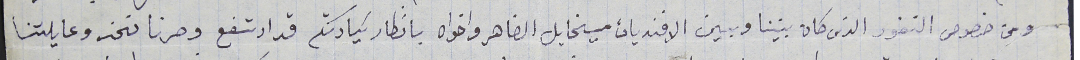
ومن خصوص النفور الذى كان بيننا وبين الافنديان ميخايل الضاهر واخواه بانظار سَيادتكم قد ارتفع وصرنا نحن وعايلتنا